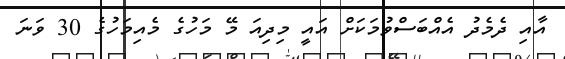
އާއި ދެމެދު އެއްބަސްވުމަކަށް އައީ މިދިއަ މޭ މަހުގެ މެއިމަހުގެ 30 ވަނަ